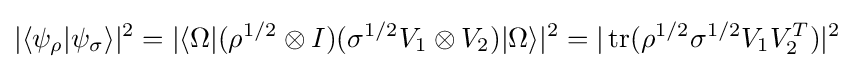
|\langle \psi _{\rho }|\psi _{\sigma }\rangle |^{2}=|\langle \Omega |(\rho ^{{1}/{2}}\otimes I)(\sigma ^{{1}/{2}}V_{1}\otimes V_{2})|\Omega \rangle |^{2}=|\operatorname {tr} (\rho ^{{1}/{2}}\sigma ^{{1}/{2}}V_{1}V_{2}^{T})|^{2}